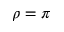
\rho = \pi